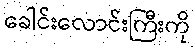
ခေါင်းလောင်းကြီးကို